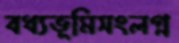
বধ্যভূমিসংলগ্ন